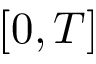
[ 0 , T ]